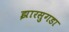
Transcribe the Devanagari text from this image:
झारसुगडा